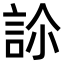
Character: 𧦜